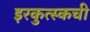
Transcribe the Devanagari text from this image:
इरकुत्स्कची